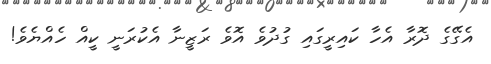
އެގޭގެ ދޮރާ އެހާ ކައިރީގައި ގުދުވެ އޮވެ ރަޒީނާ އެކުރަނީ ކީއް ހެއްޔެވެ!